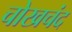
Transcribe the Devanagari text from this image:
चोखचंद